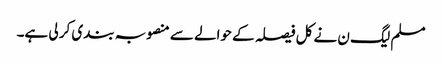
مسلم لیگ ن نے کل فیصلہ کے حوالے سے منصوبہ بندی کر لی ہے۔